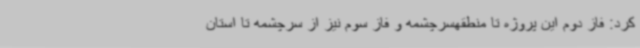
کرد: فاز دوم این پروژه تا منطقهسرچشمه و فاز سوم نیز از سرچشمه تا استان